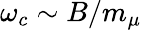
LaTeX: \omega_{c}\sim B/m_{\mu}